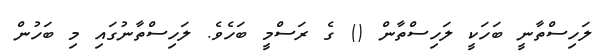
ލަހިސްތާނީ ބަހަކީ ލަހިސްތާން () ގެ ރަސްމީ ބަހެވެ. ލަހިސްތާނުގައި މި ބަހުން